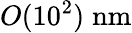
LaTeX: O(10^{2})\; \mathrm{nm}